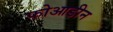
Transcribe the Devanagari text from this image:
फोआडीन